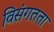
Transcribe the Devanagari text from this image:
विसंगतता